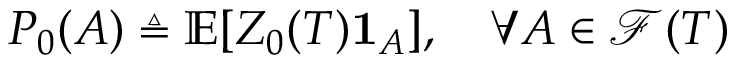
P _ { 0 } ( A ) \triangleq \mathbb { E } [ Z _ { 0 } ( T ) \mathbf { 1 } _ { A } ] , \quad \forall A \in { \mathcal { F } } ( T )